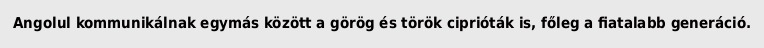
Angolul kommunikálnak egymás között a görög és török ciprióták is, főleg a fiatalabb generáció.